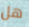
هل